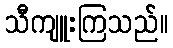
သီကျူးကြသည်။